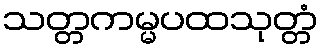
သတ္တကမ္မပထသုတ္တံ